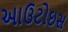
આઉટોઇસ